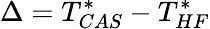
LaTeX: \Delta=T_{CAS}^{*}-T_{HF}^{*}